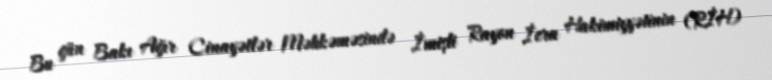
Bu gün Bakı Ağır Cinayətlər Məhkəməsində İmişli Rayon İcra Hakimiyyətinin (RİH)